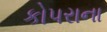
કોપરાના